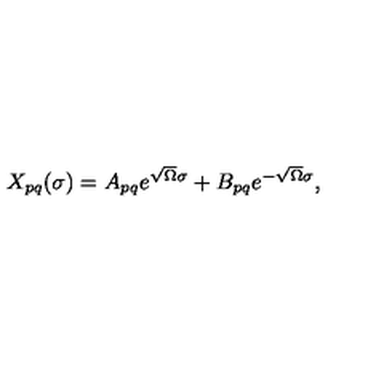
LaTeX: \begin{array} { l c r } { X _ { p q } ( \sigma ) = A _ { p q } e ^ { \sqrt { \Omega } \sigma } + B _ { p q } e ^ { - \sqrt { \Omega } \sigma } , } \\ \end{array}